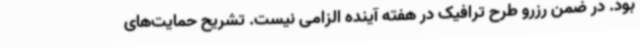
بود. در ضمن رزرو طرح ترافیک در هفته آینده الزامی نیست. تشریح حمایت‌های